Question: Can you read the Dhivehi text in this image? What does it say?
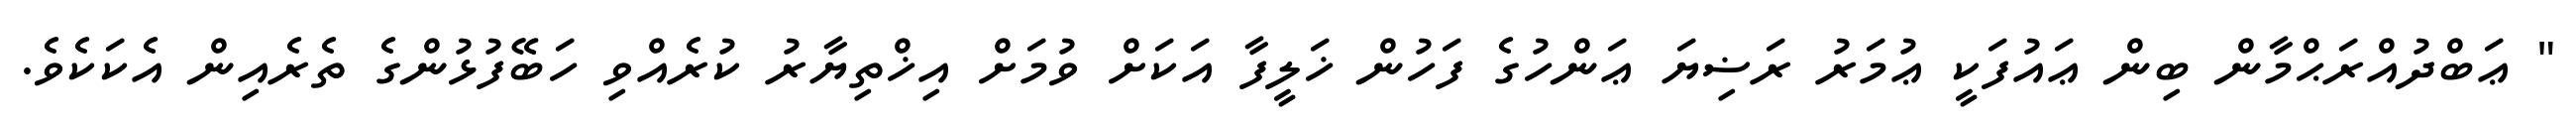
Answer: " ޢަބްދުއްރަޙްމާން ބިން ޢައުފަކީ ޢުމަރު ރަޟިޔަ ޢަންހުގެ ފަހުން ޚަލީފާ އަކަށް ވުމަށް އިޚްތިޔާރު ކުރެއްވި ހަބޭފުޅުންގެ ތެރެއިން އެކަކެވެ.